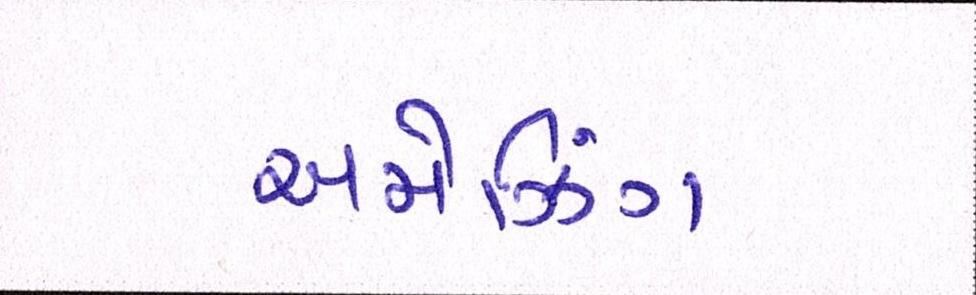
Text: અમેઝિંગ